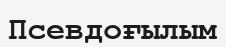
Псевдоғылым